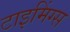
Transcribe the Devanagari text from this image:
टाइमिंग्स